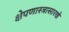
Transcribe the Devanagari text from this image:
क्षेपणास्त्रासारखे